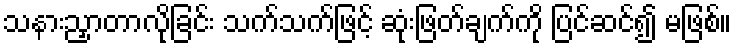
သနားညှာတာလိုခြင်း သက်သက်ဖြင့် ဆုံးဖြတ်ချက်ကို ပြင်ဆင်၍ မဖြစ်။